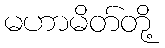
မဟာမိတ်တို့